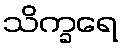
သိက္ခရေ